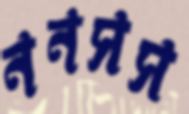
ননসস